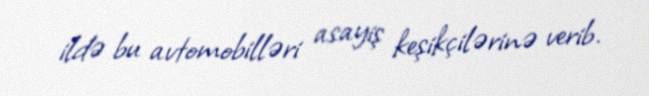
ildə bu avtomobilləri asayiş keşikçilərinə verib.